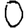
Digit: 0